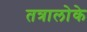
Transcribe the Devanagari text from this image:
तत्रालोके